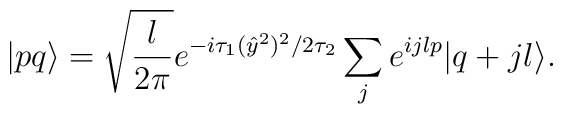
|p q \rangle =\sqrt{\frac{l}{2\pi}}e^{-i\tau_1(\hat{y}^2)^2/{2\tau_2}} \sum_j e^{ijlp}|q + jl\rangle.